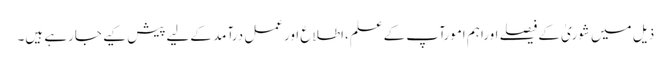
ذیل میں شوریٰ کےفیصلے اوراہم امورآپ کےعلم،اطلاع اورعمل درآمد کےلیےپیش کیے جارہے ہیں۔